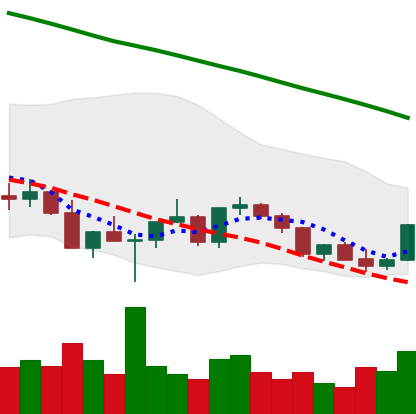
Ticker: XLM-USD
Chart end date: 2022-03-09
Forward return: -4.706%
Label: down_3_5